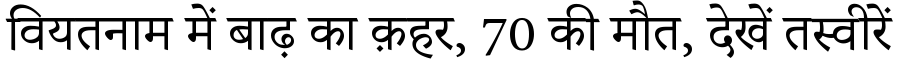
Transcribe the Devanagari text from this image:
वियतनाम में बाढ़ का क़हर, 70 की मौत, देखें तस्वीरें